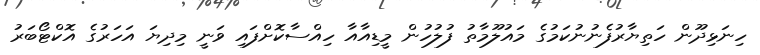
ހިނަޅިދޫން ހަތިޔާރުފެނުނުކަމުގެ މައުލޫމާތު ފުލުހުން މީޑިއާއާ ހިއްސާކޮށްފައި ވަނީ މިދިޔަ އަހަރުގެ އޮކްޓޯބަރު